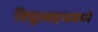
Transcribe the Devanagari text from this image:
विद्युतवहनामध्ये